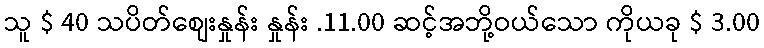
သူ $ 40 သပိတ်စျေးနှုန်း နှုန်း .11.00 ဆင့်အဘို့ဝယ်သော ကိုယခု $ 3.00